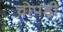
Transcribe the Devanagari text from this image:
चोपड़ी